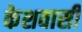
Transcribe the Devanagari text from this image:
केशवासी